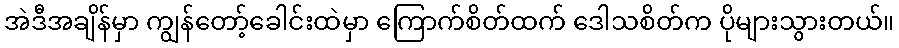
အဲဒီအချိန်မှာ ကျွန်တော့်ခေါင်းထဲမှာ ကြောက်စိတ်ထက် ဒေါသစိတ်က ပိုများသွားတယ်။